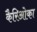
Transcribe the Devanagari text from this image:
कैरिओका